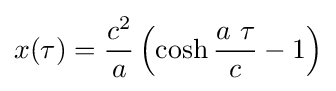
x(\tau )={\frac {c^{2}}{a}}\left(\cosh {\frac {a\ \tau }{c}}-1\right)